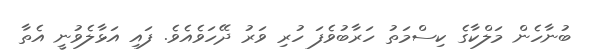
ބުނާހެން މަލްކާގެ ކިސްމަތު ހަރާބުވެފަ ހުރި ވަރު ދޭހަވެއެވެ. ފައި އަޅާލެވުނީ އެތާ